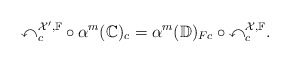
\begin{align*}\mathbb{x}_c^{\mathcal{X}',\mathbb{F}}\circ \alpha^{m}(\mathbb{C})_c=\alpha^m(\mathbb{D})_{Fc}\circ\mathbb{x}^{\mathcal{X},\mathbb{F}}_c.\end{align*}